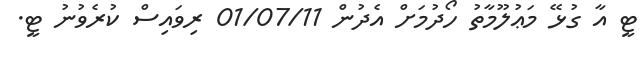
ޓީ އާ ގުޅޭ މަޢުލޫމާތު ހޯދުމަށް އެދުން 01/07/11 ރިވައިސް ކުރެވުނު ޓީ.